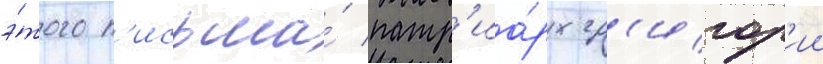
э́того п'исьма́ патр'иа́рх гр'игор'ии